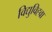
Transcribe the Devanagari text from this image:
विद्युविह्वा